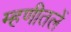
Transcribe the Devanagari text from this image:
म्हणीतलें